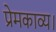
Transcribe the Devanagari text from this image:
प्रेमकाव्य।